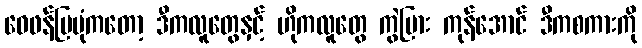
ဝေဖန်ပြပုံကတော့ ဒီကလူတွေနှင့် ဟိုကလူတွေ ကွဲပြား ကုန်အောင် ဒီကစကားကို